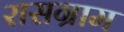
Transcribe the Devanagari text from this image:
रासग्राम